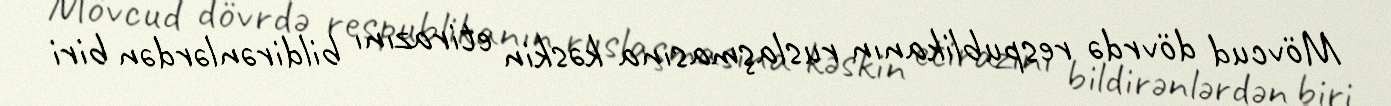
Mövcud dövrdə respublikanın ruslaşmasına kəskin etirazını bildirənlərdən biri